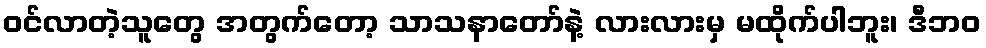
ဝင်လာတဲ့သူတွေ အတွက်တော့ သာသနာတော်နဲ့ လားလားမှ မထိုက်ပါဘူး၊ ဒီဘဝ